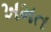
ખમત